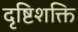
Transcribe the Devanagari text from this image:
दृष्टिशक्ति